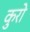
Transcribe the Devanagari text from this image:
कुरो